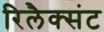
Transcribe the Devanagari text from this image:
रिलैक्संट